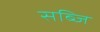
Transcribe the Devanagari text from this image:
सब्जि